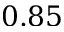
0 . 8 5